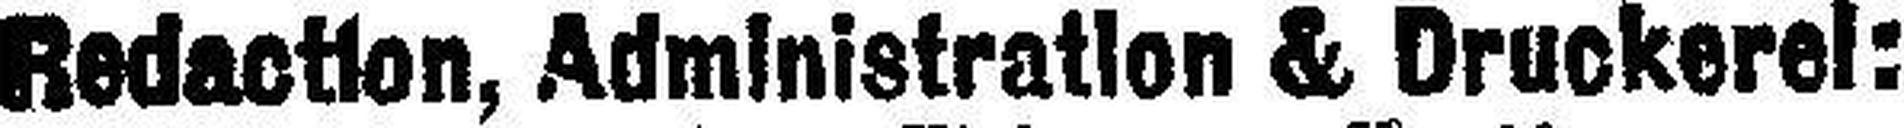
Redaction, Administration & Druckerei: